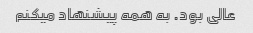
عالی بود. به همه پیشنهاد میکنم